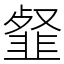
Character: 韰